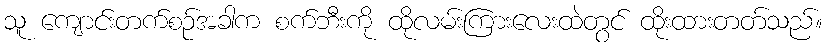
သူ ကျောင်းတက်စဉ်အခါက စက်ဘီးကို ထိုလမ်းကြားလေးထဲတွင် ထိုးထားတတ်သည်။